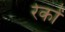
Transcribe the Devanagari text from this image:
रेकों